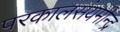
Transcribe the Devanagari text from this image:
परकालसंयमीन्द्र